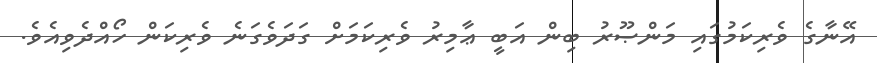
އޭނާގެ ވެރިކަމުގައި މަންޞޫރު ބިން އަބީ ޢާމިރު ވެރިކަމަށް ގަދަވެގަނެ ވެރިކަން ހޯއްދެވިއެވެ.